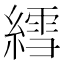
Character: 𫃽